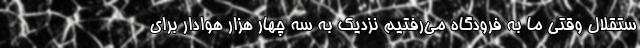
ستقلال وقتی ما به فرودگاه می‌رفتیم نزدیک به سه چهار هزار هوادار برای